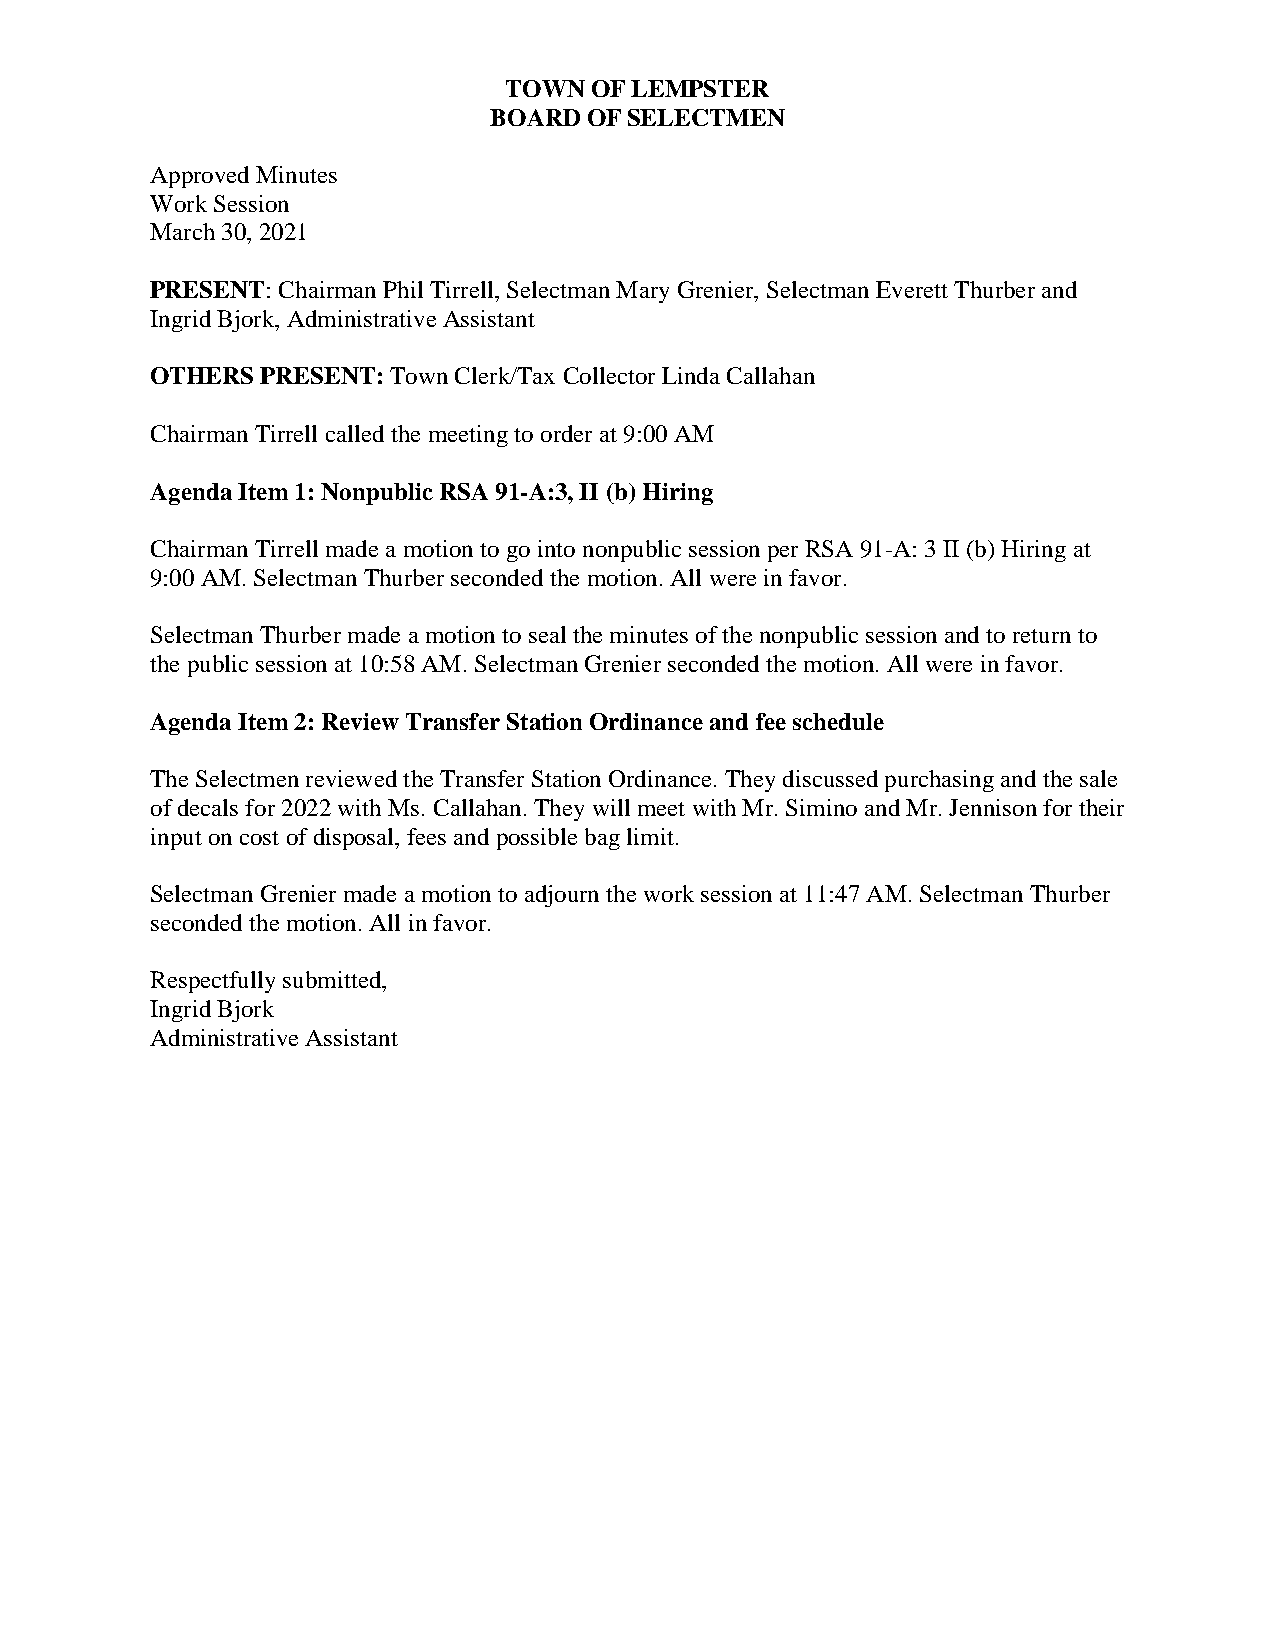
TOWN  OF LEMPSTER
 BOARD  OF SELECTMEN
 Approved Minutes
 Work Session
 March 30, 2021
 PRESENT: Chairman Phil Tirrell, Selectman Mary Grenier, Selectman Everett Thurber and
 Ingrid Bjork, Administrative Assistant
 OTHERS PRESENT: Town Clerk/Tax Collector Linda Callahan
 Chairman Tirrell called the meeting to order at 9:00 AM
 Agenda Item 1: Nonpublic RSA 91-A:3, II (b) Hiring
 Chairman Tirrell made a motion to go into nonpublic session per RSA 91-A: 3 II (b) Hiring at
 9:00 AM. Selectman Thurber seconded the motion. All were in favor.
 Selectman Thurber made a motion to seal the minutes of the nonpublic session and to return to
 the public session at 10:58 AM. Selectman Grenier seconded the motion. All were in favor.
 Agenda Item 2: Review Transfer Station Ordinance and fee schedule
 The Selectmen reviewed the Transfer Station Ordinance. They discussed purchasing and the sale
 of decals for 2022 with Ms. Callahan. They will meet with Mr. Simino and Mr. Jennison for their
 input on cost of disposal, fees and possible bag limit.
 Selectman Grenier made a motion to adjourn the work session at 11:47 AM. Selectman Thurber
 seconded the motion. All in favor.
 Respectfully submitted,
 Ingrid Bjork
 Administrative Assistant